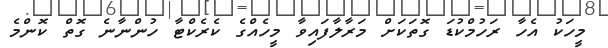
މީހަކު އެހާ ރަހުމްކުޑަ ގޮތަކަށް މަރާލާފައިވާ މީހެއްގެ ކެރެކްޓާ ހުންނާނެ ގޮތް ކޮންމެ